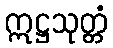
ဣဋ္ဌသုတ္တံ